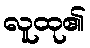
လူထု၏